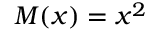
M ( x ) = x ^ { 2 }